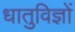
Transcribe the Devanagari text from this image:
धातुविज्ञों